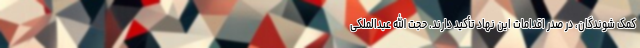
کمک شوندگان، در صدر اقدامات این نهاد تأکید دارند. حجت الله عبدالملکی